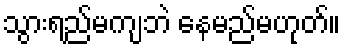
သွားရည်မကျဘဲ နေမည်မဟုတ်။